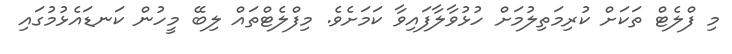
މި ފްލެޓް ތަކަށް ކުރިމަތިލުމަށް ހުޅުވާލާފައިވާ ކަމަށެވެ. މިފްލެޓްތައް ލިބޭ މީހުން ކަނޑައެޅުމުގައި